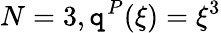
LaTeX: N=3,\mathtt{q}^{P}(\xi)=\xi^{3}